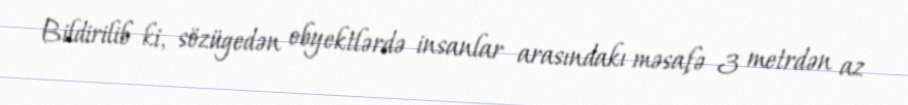
Bildirilib ki, sözügedən obyektlərdə insanlar arasındakı məsafə 3 metrdən az